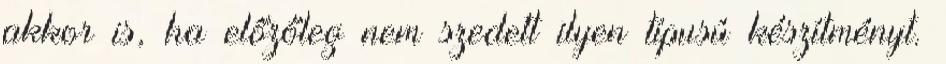
akkor is, ha előzőleg nem szedett ilyen típusú készítményt.